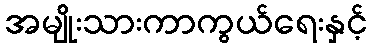
အမျိုးသားကာကွယ်ရေးနှင့်